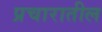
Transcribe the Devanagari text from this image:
प्रचारातील